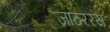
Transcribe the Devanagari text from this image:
जाठररस